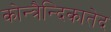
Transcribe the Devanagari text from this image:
कोन्त्रैन्दिकातेद